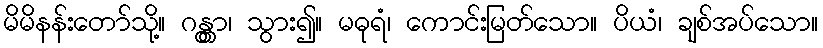
မိမိနန်းတော်သို့။ ဂန္တွာ၊ သွား၍။ မဓုရံ၊ ကောင်းမြတ်သော။ ပိယံ၊ ချစ်အပ်သော။